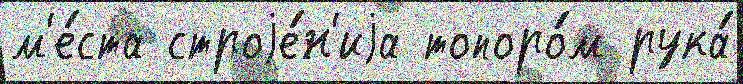
м'е́ста строjе́н'иjа топоро́м рука́